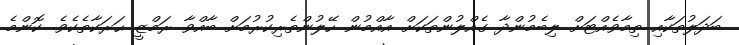
ބަދަލުތަކާއި ތިމާވެއްޓަށް ލިބެމުންދާ ގެއްލުންތަކަށް އާއްމުން ހޭލުންތެރިކުރުމަށް ބާއްވާ ރަމްޒީ ޙަރަކާތެކެވެ. ކޮންމެ